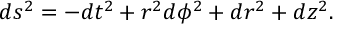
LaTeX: d s ^ { 2 } = - d t ^ { 2 } + r ^ { 2 } d \phi ^ { 2 } + d r ^ { 2 } + d z ^ { 2 } .